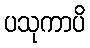
ပသုကာပိ